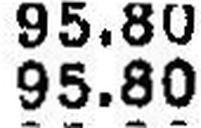
95.80